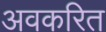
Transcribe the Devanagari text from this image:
अवकरित